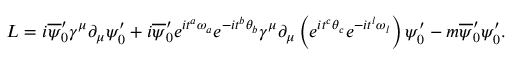
L = i \overline { { { \psi } } } _ { 0 } ^ { \prime } { \gamma } ^ { \mu } { \partial } _ { \mu } { \psi } _ { 0 } ^ { \prime } + i \overline { { { \psi } } } _ { 0 } ^ { \prime } e ^ { i { t } ^ { a } { \omega } _ { a } } e ^ { - i { t } ^ { b } { \theta } _ { b } } { \gamma } ^ { \mu } \partial _ { \mu } \left( e ^ { i { t } ^ { c } { \theta } _ { c } } e ^ { - i { t } ^ { l } { \omega } _ { l } } \right) { \psi } _ { 0 } ^ { \prime } - m \overline { { { \psi } } } _ { 0 } ^ { \prime } { \psi } _ { 0 } ^ { \prime } .